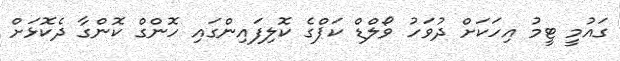
ގައުމީ ޓީމު އިހަކަށް ދުވަހު ވޯލްޑް ކަޕްގެ ކޮލިފައިންގައި ހޮންގް ކޮންގާ ދެކޮޅަށް